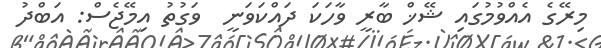
މިރޭގެ އެއްވުމުގައި ޝޭޚް ބާރީ ވާހަކަ ދައްކަވަނީ  ވަގުތު އިމޭޖެސް: އަބްދު